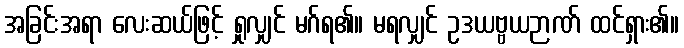
အခြင်းအရာ လေးဆယ်ဖြင့် ရှုလျှင် မဂ်ရ၏။ မရလျှင် ဥဒယဗ္ဗယဉာဏ် ထင်ရှား၏။